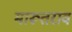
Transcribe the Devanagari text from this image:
मारूतराव